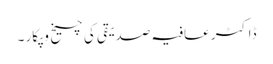
ڈاکٹر عافیہ صدیقی کی چیخ و پکار ۔